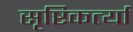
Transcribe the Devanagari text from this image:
सृष्टिकर्त्या